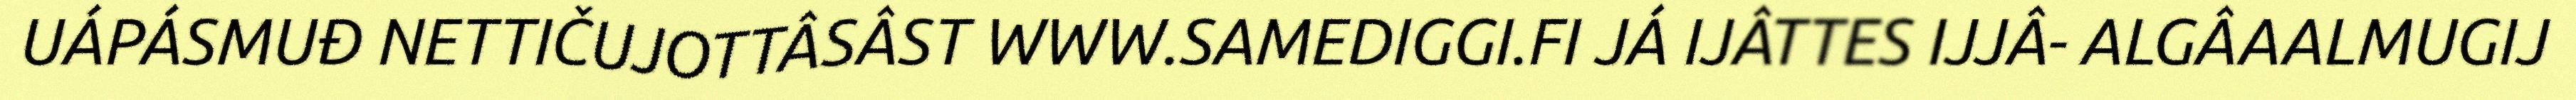
UÁPÁSMUĐ NETTIČUJOTTÂSÂST WWW.SAMEDIGGI.FI JÁ IJÂTTES IJJÂ- ALGÂAALMUGIJ